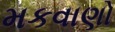
મકવાણો